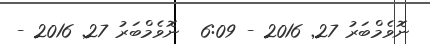
ނޮވެމްބަރު 27